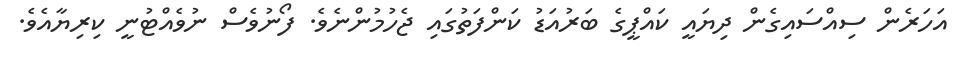
އަހަރެން ސިއްސައިގެން ދިޔައީ ކައްޕީގެ ބަރުއަޑު ކަންފަތުގައި ޖެހުމުންނެވެ. ފޯނުވެސް ނުވެއްޓުނީ ކިރިޔާއެވެ.